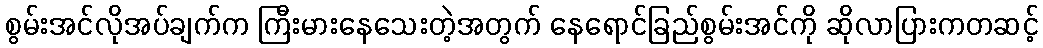
စွမ်းအင်လိုအပ်ချက်က ကြီးမားနေသေးတဲ့အတွက် နေရောင်ခြည်စွမ်းအင်ကို ဆိုလာပြားကတဆင့်